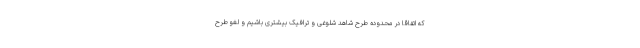
که اتفاقا در محدوده طرح شاهد شلوغی و ترافیک بیشتری باشیم و لغو طرح